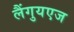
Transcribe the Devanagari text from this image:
लैंगुयएज